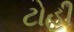
ટોહી